Lunatic asylums Madras 1892-1911 - 1892-1911
Year: 1892
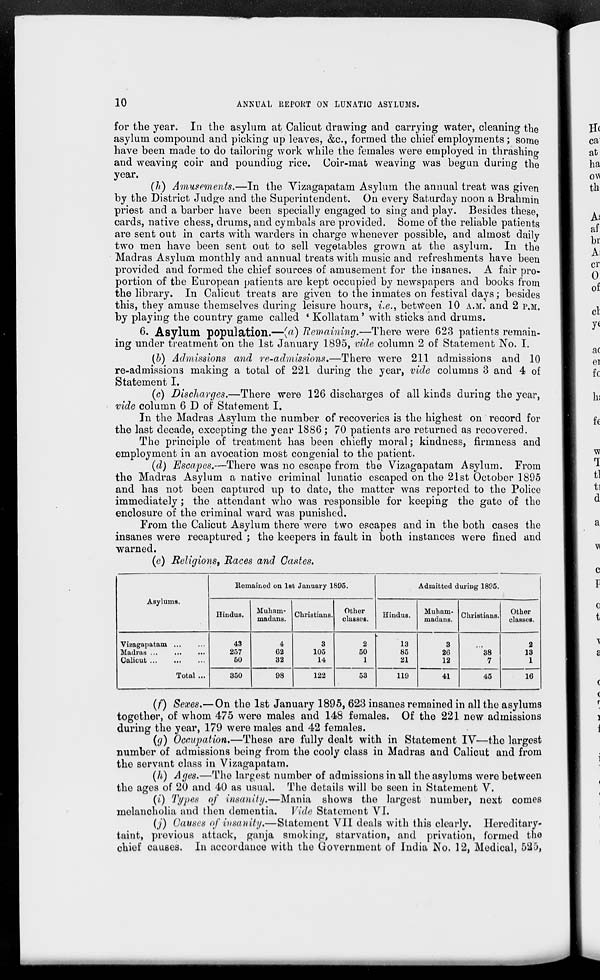
10
ANNUAt REPORT ON LUNATIC ASYLUMS.
for the year. In the asylum at Calicut drawing and carrying water, cleaning the
asylum compound and picking up leaves, &c, formed the chief employments; some
have been made to do tailoring work while the females were employed in thrashing
and weaving coir and poundiDg rice. Coir-mat weaving was begun during the
year.
(//) Amusements.—In the Yizagapatam Asylum the annual treat was given
by the District Judge and the Superintendent. On every Saturday noon a Brahmin
priest and a barber have been specially engaged to sing and play. Besides these,
cards, native chess, drums, and cymbals are provided. Some of the reliable patients
are sent out in carts with warders in charge whenever possible, and almost daily
two men have been sent out to sell vegetables grown at the asylum. In the
Madras Asylum monthly and annual treats with music and refreshments have been
provided and formed the chief sources of amusement for the insanes. A fair pro-
portion of the European patients are kept occupied by newspapers and books from
the library. In Calicut treats are given to the inmates on festival days; besides
this, they amuse themselves during leisure hours, i.e., between 10 A.M.' and 2 P.M.
by playing the country game called * Kollatam' with sticks and drums.
6. Asylum population.—(«) Remaining.—There were 623 patients remain-
ing under treatment on the 1st January 1895, vide column 2 of Statement No. I.
(b) Admissions and re-admissions,—There were 211 admissions and 10
re-admissions making a total of 221 during the year, vide columns 3 and 4 of
Statement I.
(c) Discharges.—There were 126 discharges of all kinds during the year,
vide column 6 D of Statement I.
In the Madras Asylum the number of recoveries is the highest on record for
the last decade, excepting the year 1886; 70 patients are returned as recovered.
The principle of treatment has been chiefly moral; kindness, firmness and
employment in an avocation most congenial to the patient.
(d) Escapes.—There was no escape from the Vizagapatam Asylum. From
the Madras Asylum a native criminal lunatic escaped on the 21st October 1895
and has not been captured up to date, the matter was reported to the Police
immediately ; the attendant who was responsible for keeping the gate of the
enclosure of the criminal ward was punished.
From the Calicut Asylum there were two escapes and in the both cases the
insanes were recaptured ; the keepers in fault in both instances were fined and
warned.
(e) Religions, Races and Castes.
Asylums.
Remained on lBt January 1895.
Admitted during 1895.
Hindus.
Muham-
madans. Christians.
Other
classcB.
Hindus.
Muham-
madans.
Christians.
Other
classes.
Vizagapatam ...
Madras ...
...
Calicut ...
Total ...
43
257
50
4
62
32
3
105
14
2
50
1
13
85
21
3
2G
12
' *38
7
2
13
1
350
98
122
53
119
41
45
16
(f) Sexes.—On the 1st January 1895, 623 insanes remained in all the asylums
together, of whom 475 were males and 148 females. Of the 221 new admissions
during the year, 179 were males and 42 females.
(g) Occupation.—These are fully dealt with in Statement IV—the largest
number of admissions being from the cooly class in Madras and Calicut and from
the servant class in Vizagapatam.
(h) Ages.—The largest number of admissions in all the asylums were between
the ages of 20 and 40 as usual. The details will be seen in Statement V.
{i) Types of insanity.—Mania shows the largest number, next comes
melancholia and then dementia. Vide Statement VI.
(j) Causes of insanity.—Statement VII deals with this clearly. Hereditary-
taint, previous attack, ganja smoking, starvation, and privation, formed the
chief causes. In accordance with the Government of India No. 12, Medical, 525,